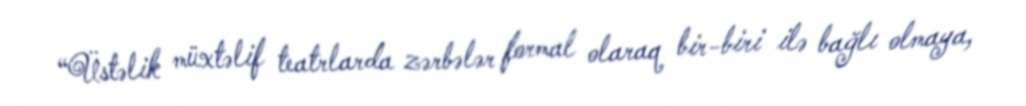
“Üstəlik müxtəlif teatrlarda zərbələr formal olaraq bir-biri ilə bağlı olmaya,